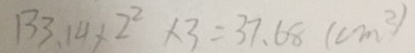
1 3 3 . 1 4 \times 2 ^ { 2 } \times 3 = 3 7 . 6 8 ( c m ^ { 2 } )